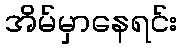
အိမ်မှာနေရင်း